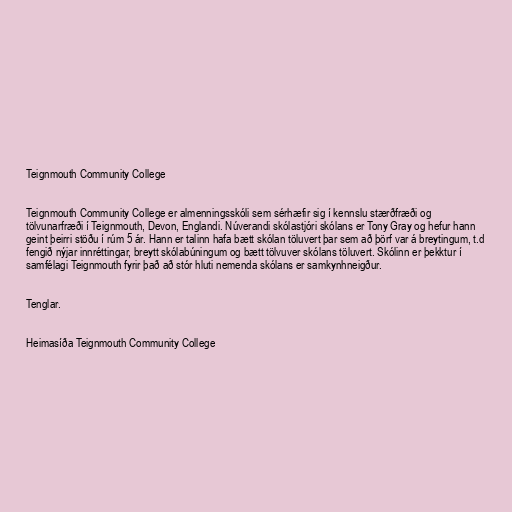
Teignmouth Community College

Teignmouth Community College er almenningsskóli sem sérhæfir sig í kennslu stærðfræði og
tölvunarfræði í Teignmouth, Devon, Englandi. Núverandi skólastjóri skólans er Tony Gray og hefur hann
geint þeirri stöðu í rúm 5 ár. Hann er talinn hafa bætt skólan töluvert þar sem að þörf var á breytingum, t.d
fengið nýjar innréttingar, breytt skólabúningum og bætt tölvuver skólans töluvert. Skólinn er þekktur í
samfélagi Teignmouth fyrir það að stór hluti nemenda skólans er samkynhneigður.

Tenglar.

Heimasíða Teignmouth Community College